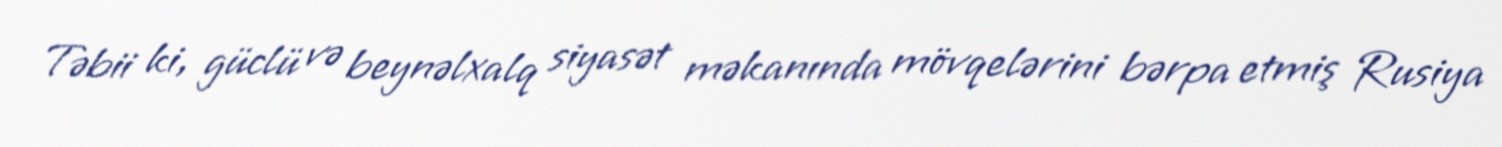
Təbii ki, güclü və beynəlxalq siyasət məkanında mövqelərini bərpa etmiş Rusiya